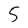
Character: 5